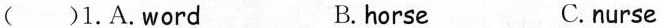
( )1. A. word B. horse C. nurse